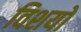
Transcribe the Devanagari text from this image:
विशयो